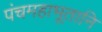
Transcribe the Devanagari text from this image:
पंचमहाभूतानि